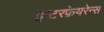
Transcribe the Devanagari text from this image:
इन्टरफ़ेयरेन्स